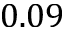
0 . 0 9